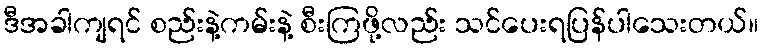
ဒီအခါကျရင် စည်းနဲ့ကမ်းနဲ့ စီးကြဖို့လည်း သင်ပေးရပြန်ပါသေးတယ်။